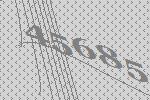
45685